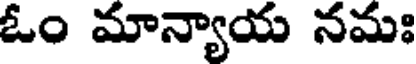
ఓం మాన్యాయ నమః